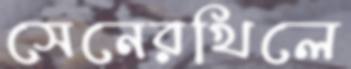
সেনেরখিলে